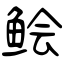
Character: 鲙